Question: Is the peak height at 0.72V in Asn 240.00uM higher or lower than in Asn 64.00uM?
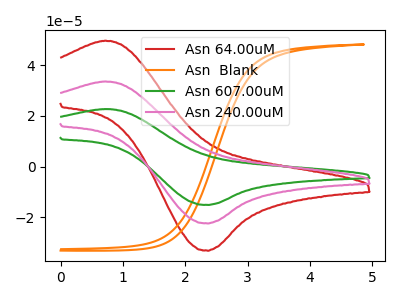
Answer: <think>The red curve "Asn 64.00uM" has an anodic peak at (0.70V, 49.75uA) and a cathodic peak at (2.35V, -33.25uA). The orange curve "Asn  Blank" has no peaks. The green curve "Asn 607.00uM" has an anodic peak at (0.70V, 67.20uA) and a cathodic peak at (2.35V, -44.95uA). The pink curve "Asn 240.00uM" has an anodic peak at (0.70V, 33.60uA) and a cathodic peak at (2.35V, -22.50uA).</think>
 <answer>The peak at 0.72V is lower in "Asn 240.00uM" than in "Asn 64.00uM".</answer>
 <eval>lower</eval>